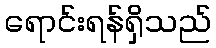
ရောင်းရန်ရှိသည်